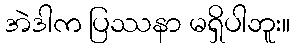
အဲဒါက ပြဿနာ မရှိပါဘူး။